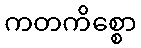
ကတကိစ္စော